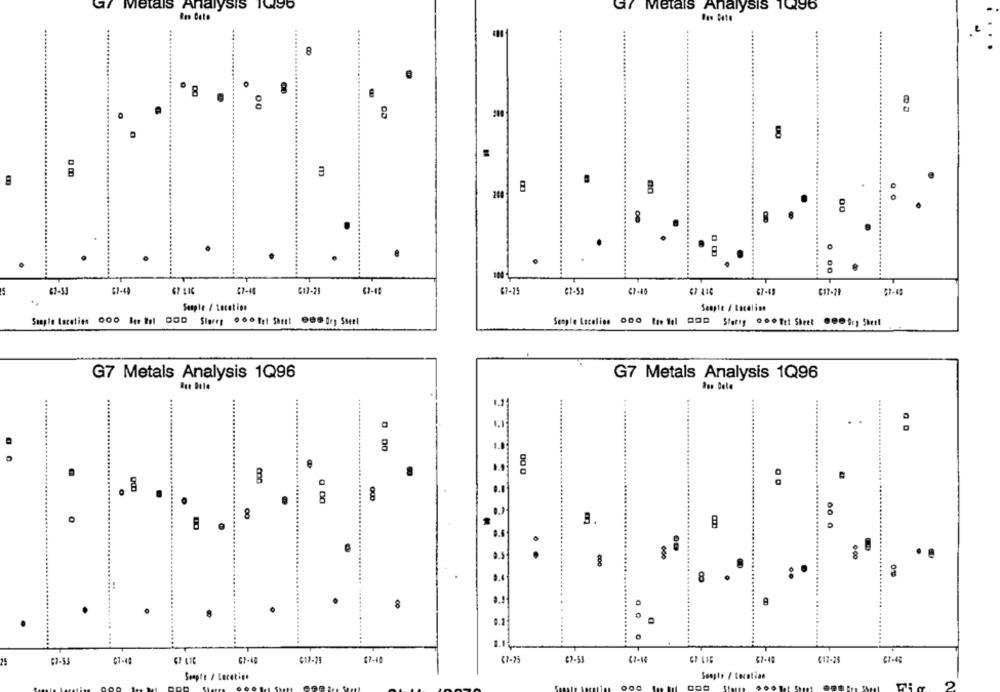
Metais Analysis 1090
Gr Metals Analysis 1Q96
Res Cate
8
8
3
.
200
00
8
.
O
.
00
67-41
617-21
67-25
67-49
C17-29
Sample / Location
Seapte / Localin
Semple Localise Doo titel DOD Stetig ... Txt Sheet 0008cg Sheet
G7 Metals Analysis 1Q96
G7 Metals Analysis 1Q96
...
....
.
0 00
@ 0
8
0 00
00
3.
.
. .
8
........
..
8
.
.
.
.
67-45
G7-48
617-21
37-40
37-53
21-18
67-48
317-28
Soapte / Location
Senple / Location